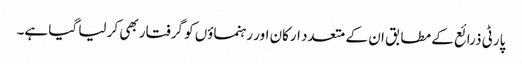
پارٹی ذرائع کے مطابق ان کے متعدد ارکان اور رہنماؤں کو گرفتار بھی کر لیا گیا ہے۔